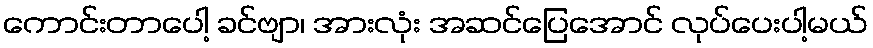
ကောင်းတာပေါ့ ခင်ဗျာ၊ အားလုံး အဆင်ပြေအောင် လုပ်ပေးပါ့မယ်